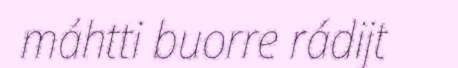
máhtti buorre rádijt